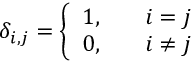
\delta _ { i , j } = \left\{ { \begin{array} { l l l } { 1 , } & { } & { i = j } \\ { 0 , } & { } & { i \neq j } \end{array} } \right.